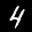
Label: 4